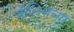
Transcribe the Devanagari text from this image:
कॅलिसच्या